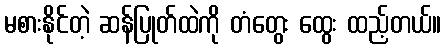
မစားနိုင်တဲ့ ဆန်ပြုတ်ထဲကို တံတွေး ထွေး ထည့်တယ်။